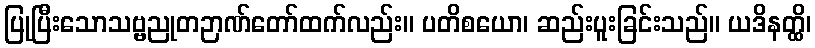
ပြုပြီးသောသဗ္ဗညုတဉာဏ်တော်ထက်လည်း။ ပတိစယော၊ ဆည်းပူးခြင်းသည်။ ယဒိနတ္ထိ၊